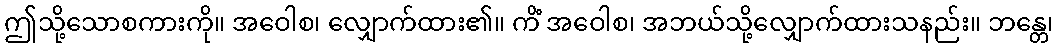
ဤသို့သောစကားကို။ အဝေါစ၊ လျှောက်ထား၏။ ကိံ အဝေါစ၊ အဘယ်သို့လျှောက်ထားသနည်း။ ဘန္တေ၊